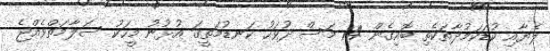
ލެޔާއި ކުޑަކަމުދާތަކެތި ބޮއިގެން 14 މަސް ދުވަހު ކަނޑުމަތީގަ އުޅުނު މީހަކު ސަލާމަތްވެއްޖެ